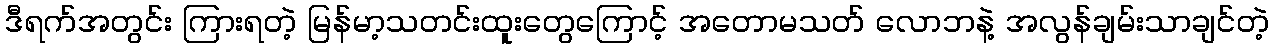
ဒီရက်အတွင်း ကြားရတဲ့ မြန်မာ့သတင်းထူးတွေကြောင့် အတောမသတ် လောဘနဲ့ အလွန်ချမ်းသာချင်တဲ့